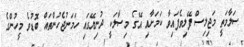
ސަލާމަތީ މަޖިލިސް ފޭލިވެފައިވާ ކަމަށާއި އޭގެ މިސާލަކީ ދުނިިޔޭގައި ހަމަނުޖެހުންތައް ބޮޑުވެ މީހުންގެ